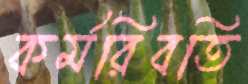
কর্মরিবতি